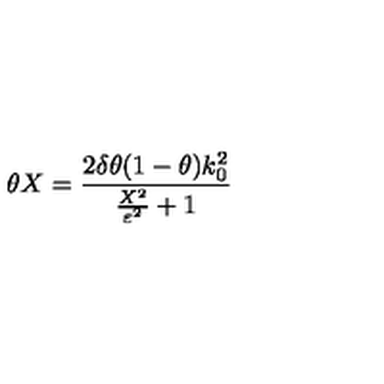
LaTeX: \theta X = \frac { 2 \delta \theta ( 1 - \theta ) k _ { 0 } ^ { 2 } } { \frac { X ^ { 2 } } { \varepsilon ^ { 2 } } + 1 }